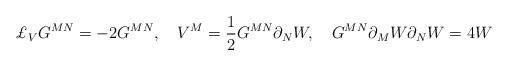
LaTeX: \begin{align*}\pounds _{V}G^{MN}=-2G^{MN},\quad V^{M}=\frac{1}{2}G^{MN}\partial_{N}W,\quad G^{MN}\partial _{M}W{ }\partial _{N}W=4W \end{align*}